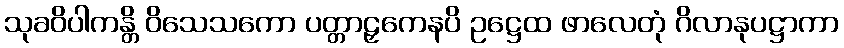
သုခဝိပါကန္တိ ဝိသေသကော ပတ္တာဠှကေနပိ ဥဋ္ဌေထ ဖာလေတုံ ဂိလာနုပဋ္ဌာကာ